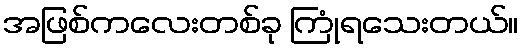
အဖြစ်ကလေးတစ်ခု ကြုံရသေးတယ်။